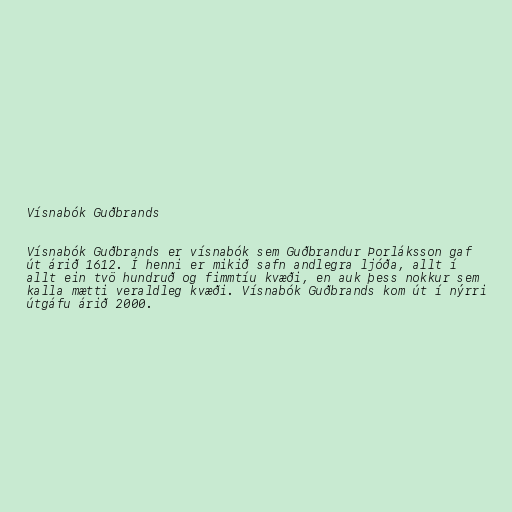
Vísnabók Guðbrands

Vísnabók Guðbrands er vísnabók sem Guðbrandur Þorláksson gaf
út árið 1612. Í henni er mikið safn andlegra ljóða, allt í
allt ein tvö hundruð og fimmtíu kvæði, en auk þess nokkur sem
kalla mætti veraldleg kvæði. Vísnabók Guðbrands kom út í nýrri
útgáfu árið 2000.